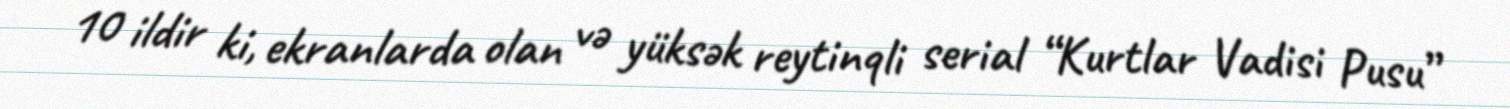
10 ildir ki, ekranlarda olan və yüksək reytinqli serial “Kurtlar Vadisi Pusu”